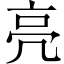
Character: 亮